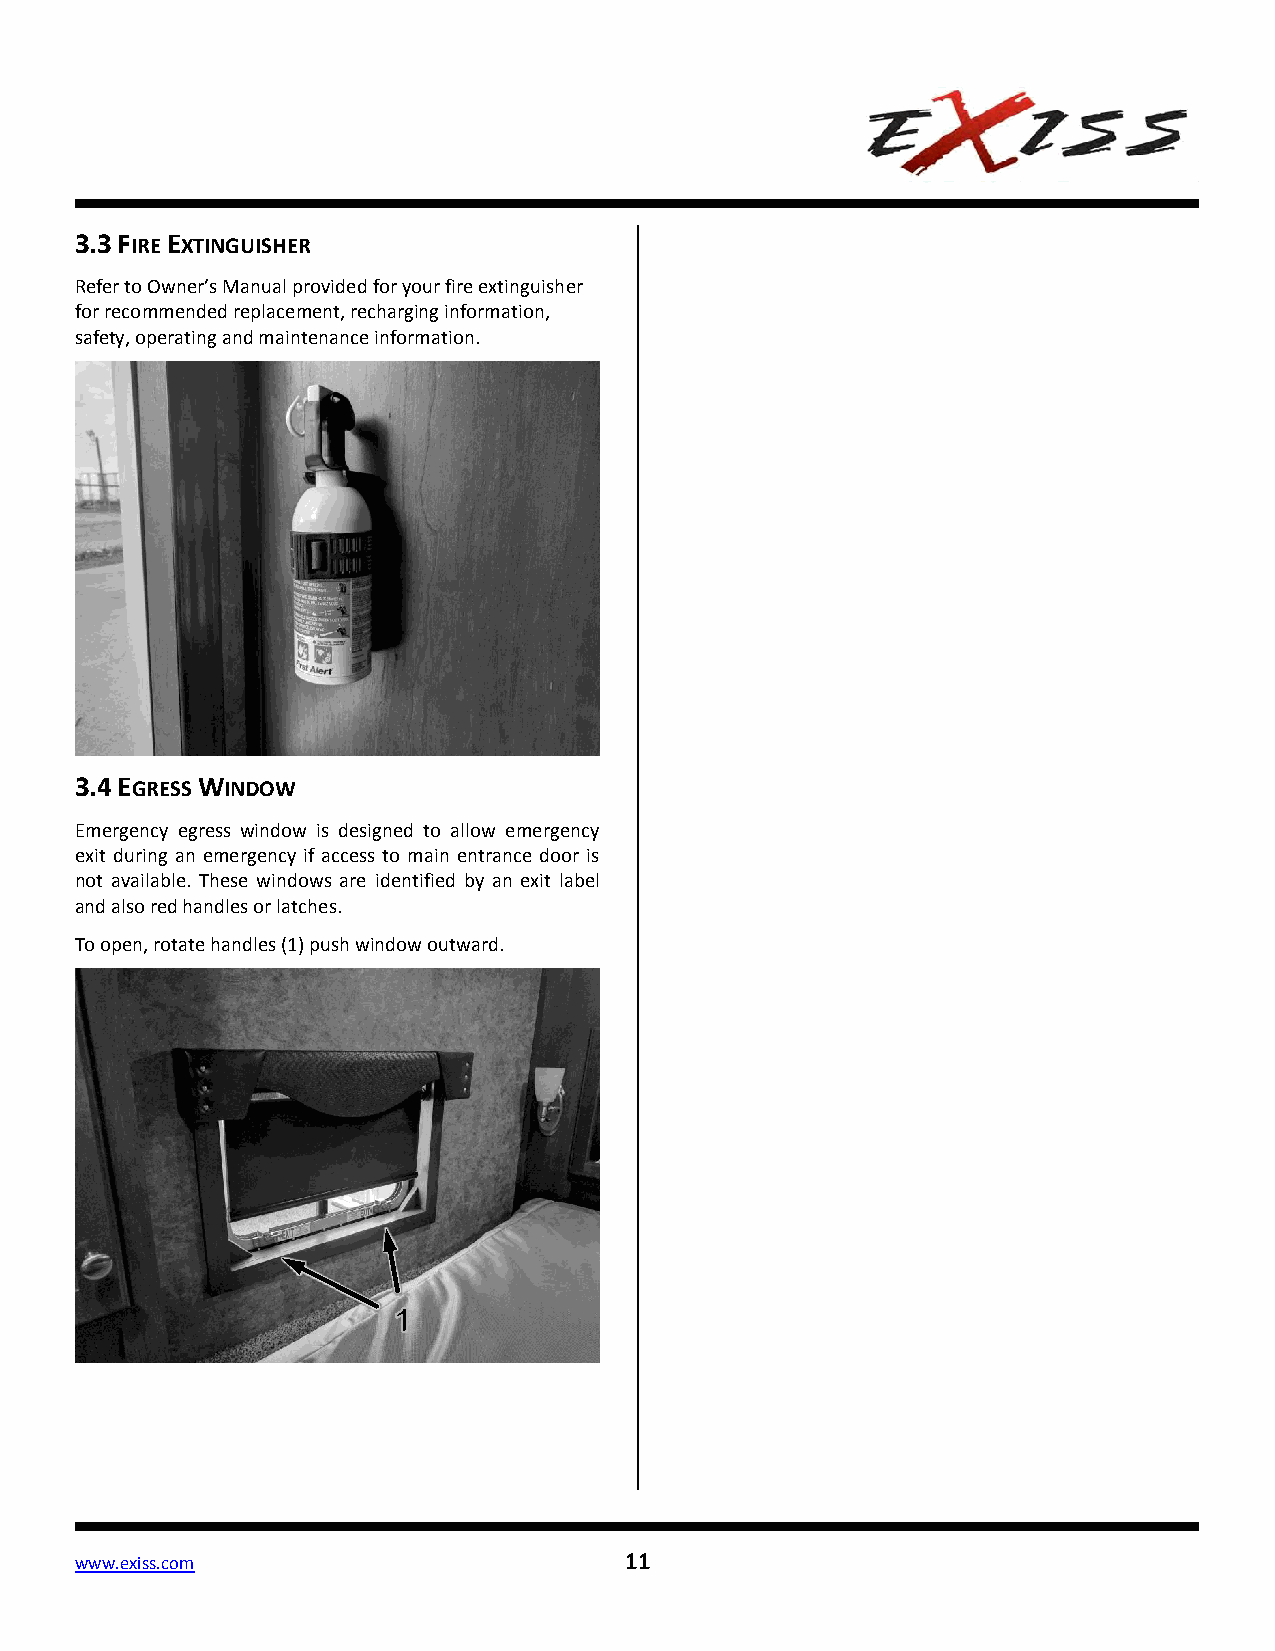
3.3 FIRE EXTINGUISHER
 Refer to Owner’s Manual provided for your fire extinguisher
 for recommended replacement, recharging information,
 safety, operating and maintenance information.
 3.4 EGRESS WINDOW
 Emergency egress window is designed to allow emergency
 exit during an emergency if access to main entrance door is
 not available. These windows are identified by an exit label
 and also red handles or latches.
 To open, rotate handles (1) push window outward.
 www.exiss.com                       11